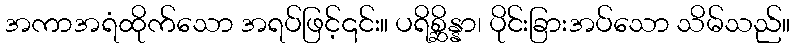
အကာအရံထိုက်သော အရပ်ဖြင့်၎င်း။ ပရိစ္ဆိန္နာ၊ ပိုင်းခြားအပ်သော သိမ်သည်။